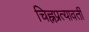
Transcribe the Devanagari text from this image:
चिह्नप्रत्यावर्ती